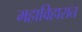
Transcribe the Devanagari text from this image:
महाविहारात